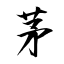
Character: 茅